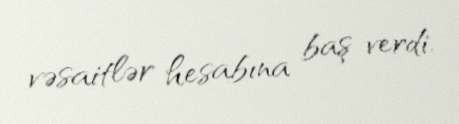
vəsaitlər hesabına baş verdi.